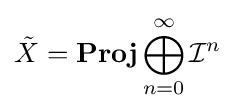
{\tilde {X}}=\mathbf {Proj} \bigoplus _{n=0}^{\infty }{\mathcal {I}}^{n}